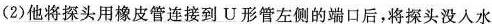
(2)他将探头用橡皮管连接到U形管左侧的端口后，将探头没入水